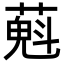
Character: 𦼄